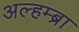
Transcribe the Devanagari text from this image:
अल्हम्ब्रा